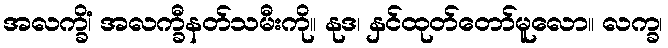
အလက္ခိံ၊ အလက္ခီနတ်သမီးကို။ နုဒ၊ နှင်ထုတ်တော်မူလော။ လက္ခ၊